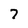
Character: 7